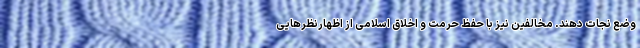
وضع نجات دهند. مخالفین نیز با حفظ حرمت و اخلاق اسلامی از اظهارنظرهایی